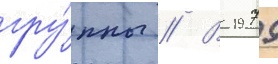
гру́ппы // В 1979